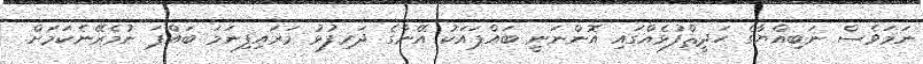
ނަމަވެސް ނަބިއްޔާގެ ޙަދީޘްފުޅެއްގައި އޮންނަނީ ބައްޕައަކު އޭނާގެ ދަރިފުޅު މަރައިފިނަމަ ބައްޕަ ނުމެރޭނެކަމަށް.